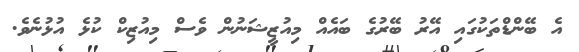
އެ ބޭންޑްތަކުގައި އޭރު ބޭރުގެ ބައެއް މިއުޒީޝަނުން ވެސް މިއުޒިކް ކުޅެ އުޅުނެވެ.